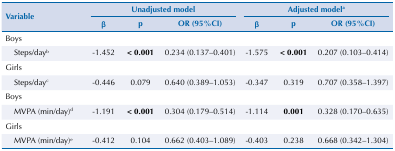
<table><thead><tr><td rowspan="3"><b>Variable</b></td><td colspan="3"><b>Unadjusted model</b></td><td colspan="3"><b>Adjusted model<sup>a</sup></b></td></tr><tr><td><b>β</b></td><td><b>p</b></td><td><b>OR (95%CI)</b></td><td><b>β</b></td><td><b>p</b></td><td><b>OR (95%CI)</b></td></tr></thead><tbody><tr><td>Boys</td><td> </td><td> </td><td> </td><td> </td><td> </td><td> </td></tr><tr><td>Steps/day<sup>b</sup></td><td>-1.452</td><td><b>&lt; 0.001</b></td><td>0.234 (0.137–0.401)</td><td>-1.575</td><td><b>&lt; 0.001</b></td><td>0.207 (0.103–0.414)</td></tr><tr><td>Girls</td><td> </td><td> </td><td> </td><td> </td><td> </td><td> </td></tr><tr><td>Steps/day<sup>c</sup></td><td>-0.446</td><td>0.079</td><td>0.640 (0.389–1.053)</td><td>-0.347</td><td>0.319</td><td>0.707 (0.358–1.397)</td></tr><tr><td>Boys</td><td> </td><td> </td><td> </td><td> </td><td> </td><td> </td></tr><tr><td>MVPA (min/day)<sup>d</sup></td><td>-1.191</td><td><b>&lt; 0.001</b></td><td>0.304 (0.179–0.514)</td><td>-1.114</td><td><b>0.001</b></td><td>0.328 (0.170–0.635)</td></tr><tr><td>Girls</td><td> </td><td> </td><td> </td><td> </td><td> </td><td> </td></tr><tr><td>MVPA (min/day)<sup>e</sup></td><td>-0.412</td><td>0.104</td><td>0.662 (0.403–1.089)</td><td>-0.403</td><td>0.238</td><td>0.668 (0.342–1.304)</td></tr></tbody></table>